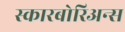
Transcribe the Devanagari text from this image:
स्कारबोरिअन्स